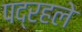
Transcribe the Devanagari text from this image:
पद्रहले